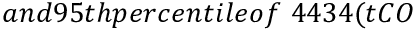
a n d 9 5 t h p e r c e n t i l e o f \ 4 4 3 4 ( t C O